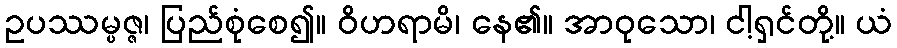
ဥပဿမ္ပဇ္ဇ၊ ပြည်စုံစေ၍။ ဝိဟရာမိ၊ နေ၏။ အာဝုသော၊ ငါ့ရှင်တို့။ ယံ